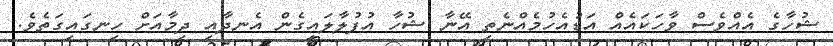
ޝުހާގެ އެއްވެސް ވާހަކައެއް އަޑުއެހުމެއްނެތި އޭނާ ޝުހާ އުފުލާލައިގެން އެނދާއި ދިމާއަށް ހިނގައިގަތެވެ.